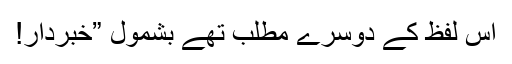
اس لفظ کے دوسرے مطلب تھے بشمول ”خبردار!